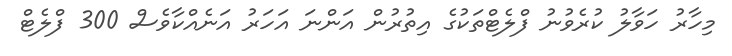
މިހާރު ހަވާލު ކުރެވުނު ފްލެޓްތަކުގެ އިތުރުން އަންނަ އަހަރު އަނެއްކާވެސް 300 ފްލެޓް